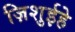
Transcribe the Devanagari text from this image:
ज़िशुईहे